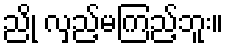
ညို လှည့်မကြည့်ဘူး။